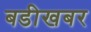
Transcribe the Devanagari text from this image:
बडीखबर